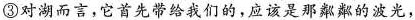
③对湖而言，它首先带给我们的，应该是那粼粼的波光，